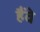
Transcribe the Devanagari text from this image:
हैंवे